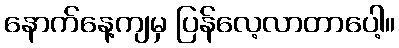
နောက်နေ့ကျမှ ပြန်လေ့လာတာပေါ့။